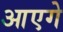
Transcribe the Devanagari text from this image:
आएगे